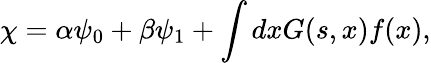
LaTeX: \chi=\alpha\psi_{0}+\beta\psi_{1}+\int dxG(s,x)f(x),